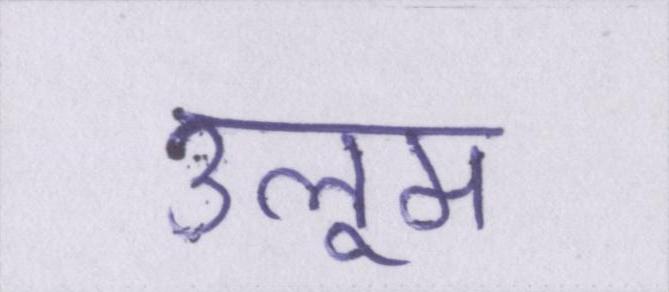
उलूम